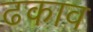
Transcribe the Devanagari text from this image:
ढकाव